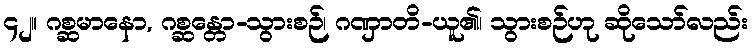
၄၂။ ဂစ္ဆမာနော, ဂစ္ဆန္တော-သွားစဉ်၊ ဂဏှာတိ-ယူ၏၊ သွားစဉ်ဟု ဆိုသော်လည်း